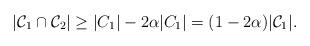
LaTeX: \begin{align*}\vert\mathcal C_1\cap \mathcal C_2\vert\geq\vert C_1\vert -2\alpha\vert C_1\vert=(1-2\alpha)\vert\mathcal C_1\vert.\end{align*}